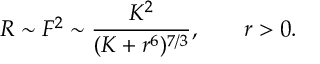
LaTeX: R \sim F ^ { 2 } \sim \frac { K ^ { 2 } } { ( K + r ^ { 6 } ) ^ { 7 / 3 } } , \; \; \; \; \; \; \; r > 0 .